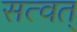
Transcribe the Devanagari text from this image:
सत्वत्